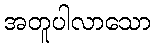
အတူပါလာသော